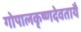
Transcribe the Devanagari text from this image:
गोपालकृष्णदेवतायै